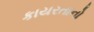
કાયરતાનો